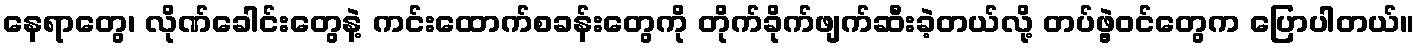
နေရာတွေ၊ လိုဏ်ခေါင်းတွေနဲ့ ကင်းထောက်စခန်းတွေကို တိုက်ခိုက်ဖျက်ဆီးခဲ့တယ်လို့ တပ်ဖွဲ့ဝင်တွေက ပြောပါတယ်။